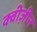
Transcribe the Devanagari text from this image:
क्वीज़ीन